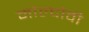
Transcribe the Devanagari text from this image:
मोल्दोवी